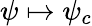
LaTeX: \psi\mapsto\psi_{c}